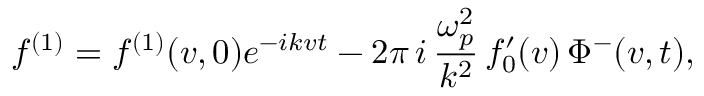
f ^ { ( 1 ) } = f ^ { ( 1 ) } ( v , 0 ) e ^ { - i k v t } - 2 \pi \, i \, \frac { \omega _ { p } ^ { 2 } } { k ^ { 2 } } \, f _ { 0 } ^ { \prime } ( v ) \, \Phi ^ { - } ( v , t ) ,